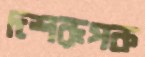
দশরূপক